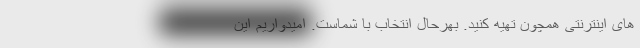
های اینترنتی همچون تهیه کنید. بهرحال انتخاب با شماست. امیدواریم این